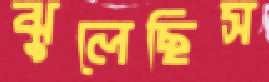
ঝুলেছিস